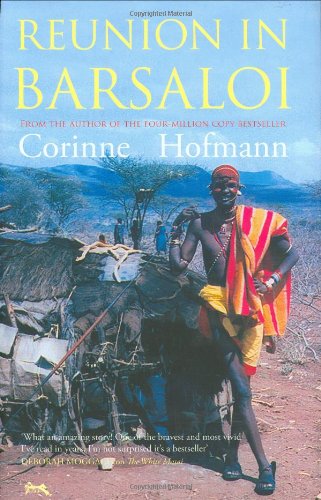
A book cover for Reunion in Barsaloi; Corinne Hofmann; History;